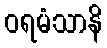
ဝရမံသာနိ